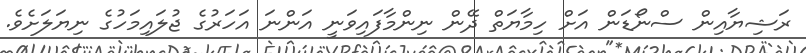
ރަޝިޔާއިން ސްނޯޑަން އަށް ހިމާޔަތް ދޭން ނިންމާފައިވަނީ އަންނަ އަހަރުގެ ޖުލައިމަހުގެ ނިޔަލަށެވެ.